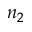
n _ { 2 }